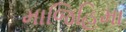
માજિહિમા